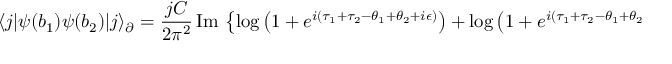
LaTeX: \langle j | \psi ( b _ { 1 } ) \psi ( b _ { 2 } ) | j \rangle _ { \partial } = \frac { j C } { 2 \pi ^ { 2 } } \, \mathrm { I m } \, \left\lbrace \log \left( 1 + e ^ { i ( \tau _ { 1 } + \tau _ { 2 } - \theta _ { 1 } + \theta _ { 2 } + i \epsilon ) } \right) + \log \left( 1 + e ^ { i ( \tau _ { 1 } + \tau _ { 2 } - \theta _ { 1 } + \theta _ { 2 } + i \epsilon ) } \right) \right\rbrace \ .